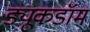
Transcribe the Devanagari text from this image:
ड्यूकडॉम